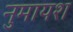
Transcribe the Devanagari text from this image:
नुमायश